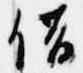
借